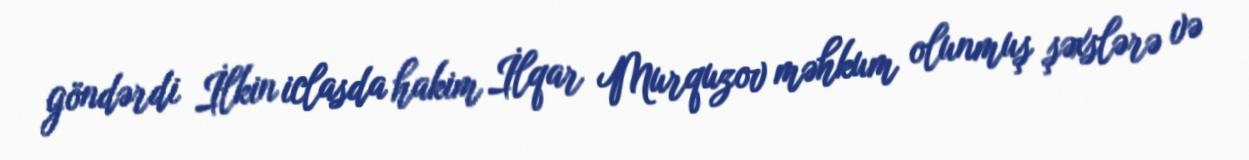
göndərdi İlkin iclasda hakim İlqar Murquzov məhkum olunmuş şəxslərə və